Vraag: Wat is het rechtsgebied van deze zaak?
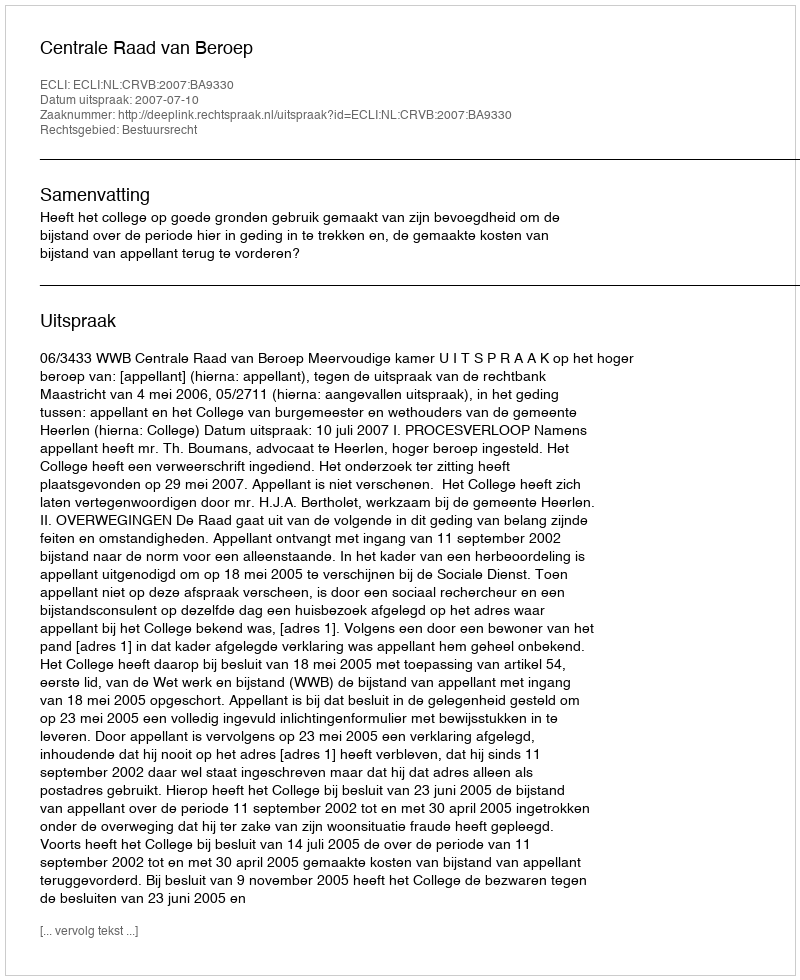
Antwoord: Bestuursrecht